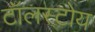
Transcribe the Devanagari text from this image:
टॉलस्टोय